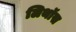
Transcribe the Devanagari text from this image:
लिथॉस